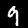
Digit: 9